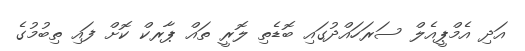
އަދި އެމްޕީއެލް ސަރަހައްދުގައި ބޮޑެތި ލޮރީ ތައް ޕާރކް ކޮށް ފައި ތިބުމުގެ